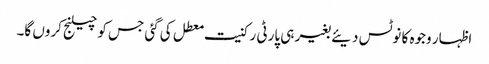
اظہار وجوہ کا نوٹس دیئے بغیر ہی پارٹی رکنیت معطل کی گئی جس کو چیلنج کروں گا۔